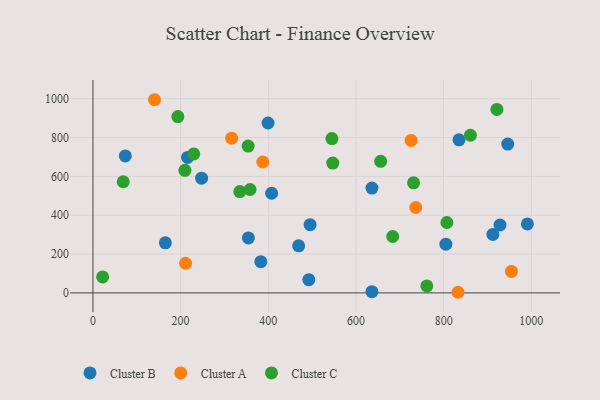
{"axis": {"x": "Investment", "y": "Yield"}, "legend": ["Cluster A", "Cluster B", "Cluster C"], "data": [{"x": "469.2", "y": 242.4, "type": "Cluster B"}, {"x": "495.3", "y": 351.0, "type": "Cluster B"}, {"x": "165.2", "y": 257.6, "type": "Cluster B"}, {"x": "990.9", "y": 355.2, "type": "Cluster B"}, {"x": "636.3", "y": 6.2, "type": "Cluster B"}, {"x": "354.6", "y": 283.1, "type": "Cluster B"}, {"x": "399.4", "y": 874.5, "type": "Cluster B"}, {"x": "636.4", "y": 539.5, "type": "Cluster B"}, {"x": "215.8", "y": 697.3, "type": "Cluster B"}, {"x": "912.2", "y": 300.9, "type": "Cluster B"}, {"x": "492.4", "y": 68.2, "type": "Cluster B"}, {"x": "805.0", "y": 250.9, "type": "Cluster B"}, {"x": "834.9", "y": 787.8, "type": "Cluster B"}, {"x": "928.5", "y": 349.5, "type": "Cluster B"}, {"x": "247.8", "y": 590.5, "type": "Cluster B"}, {"x": "73.8", "y": 704.9, "type": "Cluster B"}, {"x": "946.1", "y": 765.9, "type": "Cluster B"}, {"x": "382.9", "y": 160.4, "type": "Cluster B"}, {"x": "407.6", "y": 512.8, "type": "Cluster B"}, {"x": "725.7", "y": 785.1, "type": "Cluster A"}, {"x": "954.5", "y": 110.3, "type": "Cluster A"}, {"x": "736.3", "y": 439.6, "type": "Cluster A"}, {"x": "832.6", "y": 3.1, "type": "Cluster A"}, {"x": "211.3", "y": 152.5, "type": "Cluster A"}, {"x": "387.4", "y": 673.8, "type": "Cluster A"}, {"x": "140.4", "y": 994.4, "type": "Cluster A"}, {"x": "316.4", "y": 796.4, "type": "Cluster A"}, {"x": "229.9", "y": 715.2, "type": "Cluster C"}, {"x": "69.1", "y": 572.2, "type": "Cluster C"}, {"x": "354.0", "y": 755.6, "type": "Cluster C"}, {"x": "761.5", "y": 35.8, "type": "Cluster C"}, {"x": "683.7", "y": 290.2, "type": "Cluster C"}, {"x": "656.3", "y": 677.4, "type": "Cluster C"}, {"x": "547.0", "y": 668.5, "type": "Cluster C"}, {"x": "335.0", "y": 521.5, "type": "Cluster C"}, {"x": "22.1", "y": 81.9, "type": "Cluster C"}, {"x": "921.4", "y": 944.6, "type": "Cluster C"}, {"x": "731.3", "y": 566.7, "type": "Cluster C"}, {"x": "545.1", "y": 794.6, "type": "Cluster C"}, {"x": "358.4", "y": 532.1, "type": "Cluster C"}, {"x": "193.7", "y": 907.6, "type": "Cluster C"}, {"x": "861.0", "y": 811.4, "type": "Cluster C"}, {"x": "209.8", "y": 630.7, "type": "Cluster C"}, {"x": "807.3", "y": 362.3, "type": "Cluster C"}]}